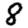
Digit: 8